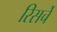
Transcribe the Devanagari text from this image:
रिसर्चे